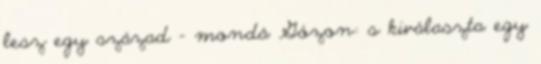
lesz egy század - mondá Gózon: s kiválaszta egy